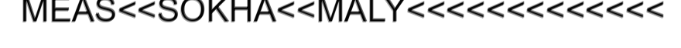
MEAS<<SOKHA<<MALY<<<<<<<<<<<<<